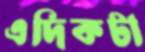
এদিকটা